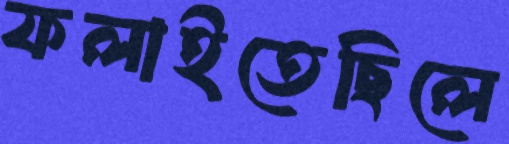
ফলাইতেছিলে